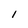
Character: l